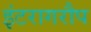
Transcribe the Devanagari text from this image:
इंटरागरौप